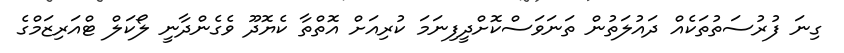
ގިނަ ފުުރުސަތުތަކެއް ދައުލަތުން ތަނަވަސްކޮށްދީފިނަަަމަ ކުރިއަށް އޮތްތާ ކެޔޮދޫ ވެގެންދާނީ ލޯކަލް ޓްއަރިޒަމްގެ